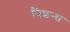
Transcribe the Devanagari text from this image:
विशन्स